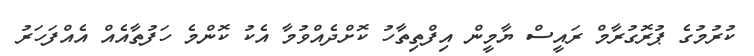
ކުރުމުގެ ޕުރޮގުރާމް ރައީސް ޔާމީން އިފްތިތާހު ކޮށްދެއްވުމާ އެކު ކޮންމެ ހަފުތާއެއް އެއްފަހަރު